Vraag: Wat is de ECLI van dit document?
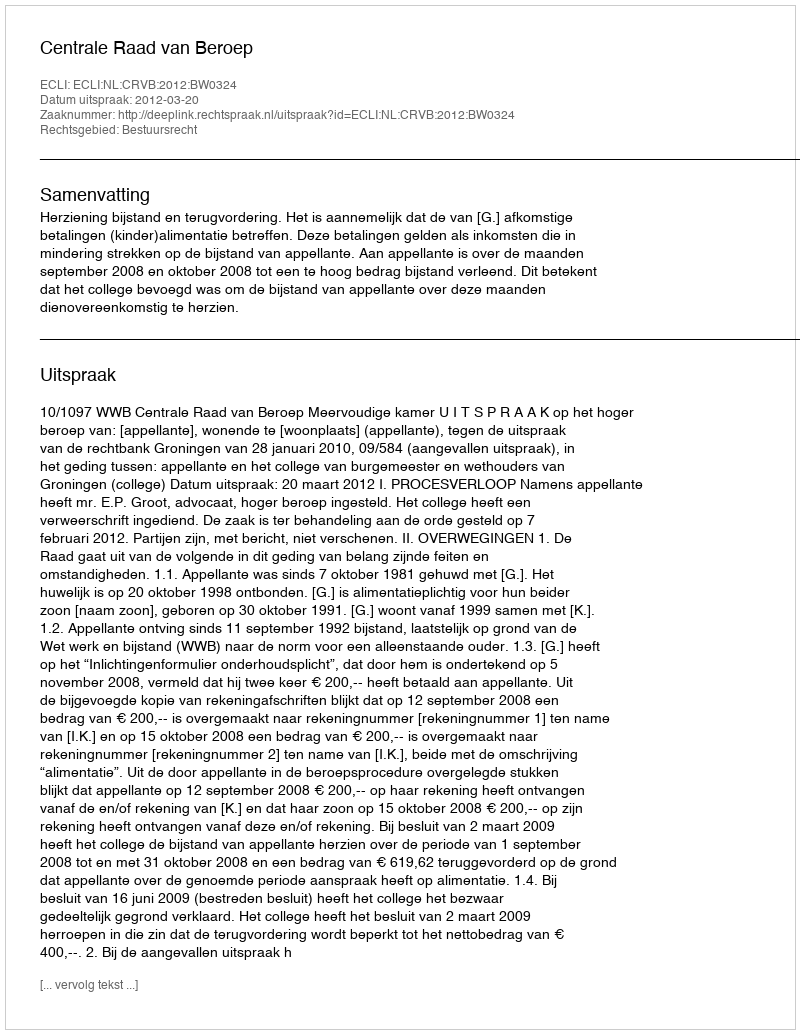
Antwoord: ECLI:NL:CRVB:2012:BW0324